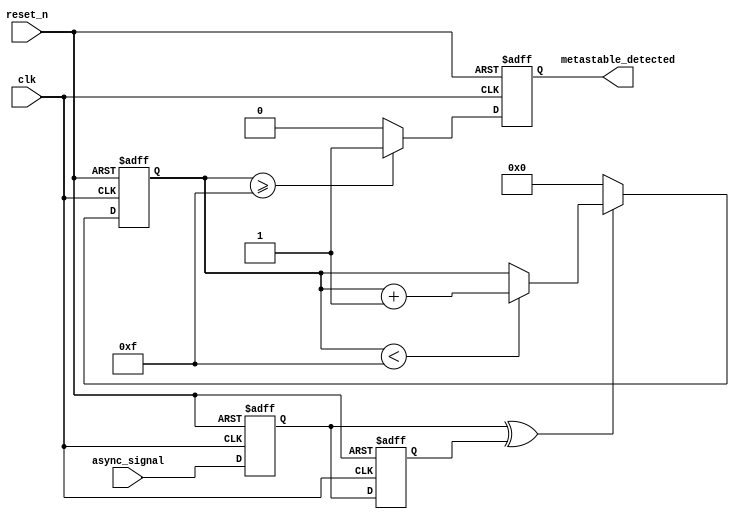
module metastability_detector (
    input wire clk,          // System clock
    input wire reset_n,      // Active low reset
    input wire async_signal,  // Asynchronous input signal
    output reg metastable_detected // Metastability detection output
);

    // Internal signals for the flip-flops
    reg ff1, ff2;             // Outputs of the two flip-flops
    reg [3:0] metastable_counter; // Counter for detecting metastability duration
    localparam METASTABLE_THRESHOLD = 4'd15; // Example threshold for detection (adjust as needed)

    // Sampling flip-flops
    always @(posedge clk or negedge reset_n) begin
        if (!reset_n) begin
            ff1 <= 1'b0;
            ff2 <= 1'b0;
            metastable_counter <= 4'd0;
            metastable_detected <= 1'b0;
        end else begin
            ff1 <= async_signal; // Sample async signal
            ff2 <= ff1;          // Sample the output of the first flip-flop

            // Check if the outputs of the flip-flops are different
            if (ff1 ^ ff2) begin
                // Increment counter when outputs are different
                if (metastable_counter < METASTABLE_THRESHOLD) begin
                    metastable_counter <= metastable_counter + 1'b1;
                end
            end else begin
                // Reset counter when outputs become the same
                metastable_counter <= 4'd0;
            end

            // Set metastable detected flag if counter exceeds threshold
            if (metastable_counter >= METASTABLE_THRESHOLD) begin
                metastable_detected <= 1'b1;
            end else begin
                metastable_detected <= 1'b0;
            end
        end
    end

endmodule